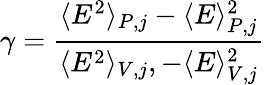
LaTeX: \gamma=\frac{\langle E^{2}\rangle_{P,j}-\langle E\rangle_{P,j}^{2}}{\langle E^{2}\rangle_{V,j},-\langle E\rangle_{V,j}^{2}}